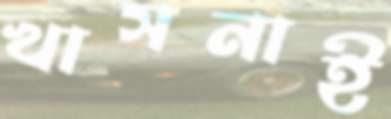
খাসনাই